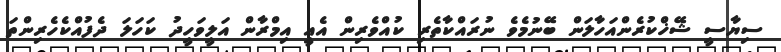
ސިޔާސީ ޝޭޚްކުރެންއަހާލަން ބޭނުމެވެ ނުރައްކާތެރި ކުއްވެރިން އެއީ އިމްރާން އަލީވަހީދު ކަހަލަ ދެފުއްކެހެރިންތަ